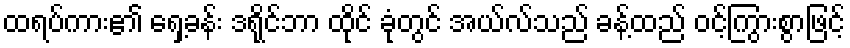
ထရပ်ကား၏ ရှေ့ခန်း ဒရိုင်ဘာ ထိုင် ခုံတွင် အယ်လ်သည် ခန့်ထည် ဝင့်ကြွားစွာဖြင့်